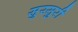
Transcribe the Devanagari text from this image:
सुरसुरी